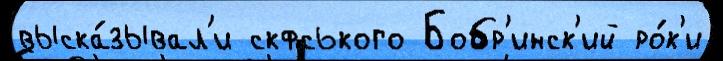
выска́зывал'и скфського Бобр'инск'ий ро́к'и